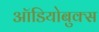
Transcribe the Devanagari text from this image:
ऑडियोबुक्स